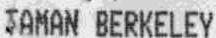
TAMAN BERKELEY